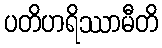
ပတိဟရိဿာမီတိ